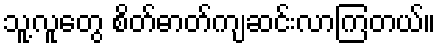
သူ့လူတွေ စိတ်ဓာတ်ကျဆင်းလာကြတယ်။